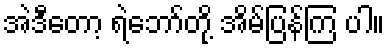
အဲဒီတော့ ရဲဘော်တို့ အိမ်ပြန်ကြ ပါ။